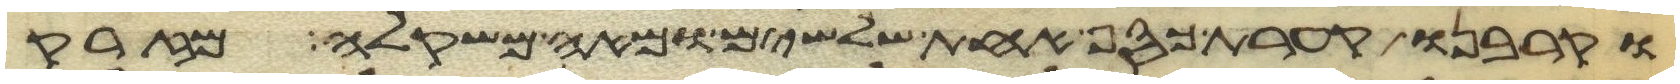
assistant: וקרבנו קערת כסף אחת שלשים ומאה משקלה מזרק